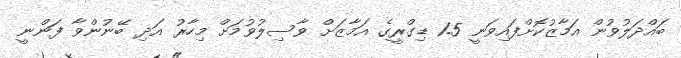
ބައްދަލުވުން އަމާޒުކޮށްފައިވަނީ 1.5 ޑިގްރީގެ އަމާޒަށް ވާސިލުވުމަށް މިހާރު އަދި ބޭނުންވާ ފަންނީ